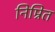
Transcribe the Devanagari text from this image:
निम्रित